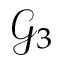
\mathcal { G } _ { 3 }